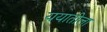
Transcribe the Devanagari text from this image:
ययातीला